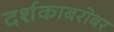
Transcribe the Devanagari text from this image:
दर्शकाबरोबर